Report of the Municipal Commissioner on the plague in Bombay for the year ending 31st May... - Volume 3
Disease focus: Plague
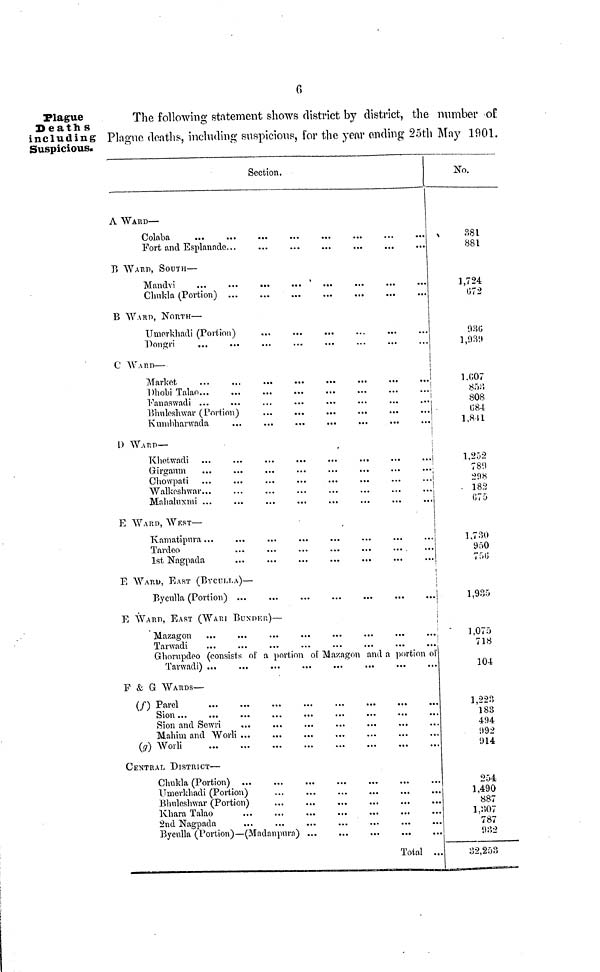
G
Plague
Deaths
including
Suspicious.
The following statement shows district by district, the number of
Plague deaths, including suspicious, for the year ending 25th May 1901.
Section.
A WARD—
Port and Esplanade...
B WARD, SOUTH—
Mandvi
Chukla (Portion)
B WARP, NORTH—
Umerkhadi (Portion)
Dongri
C WARD—
Market
Dhobi Talao
Kumbharwada
...
...
...
...
...
...
...
D WARD—
Khetwadi ...
...
...
...
...
...
...
...
Walkeshwar...
...
...
...
...
...
...
...
Mahaluxmi ...
E WARP, WEST—
1st Nagpada
E WARD, EAST (BYCULLA)—
Byculla (Portion) ...
...
...
...
...
...
...
E WARP, EAST (WARI BUNDER)—
Tarwadi
Ghorupdeo (consists of a portion of Mazagon and a portion of
F & G WARDS—
(f) Parel
Sion...
...
Sion and Sewri
Mahim and Worli ...
(q) Worli
CENTRAL DISTRICT—
Chukla (Portion)
Umerkhadi (Portion)
Bhuleshwar (Portion)
Byculla (Portion)—(Madanpnra) ...
Total ...
No.
381
381
1,724
072
930
1,939
1,607
853
808
084
1,841
1,252
7811
298
182
675
1,730
950
756
1,935
1,075
718
104
1,223
183
494
992
914
254
1,490
887
1,307
787
932
32,253